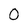
Character: 0